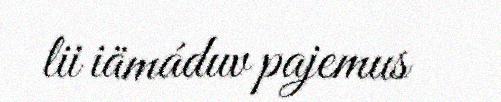
lii iämáduv pajemus